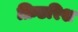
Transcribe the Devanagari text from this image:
फ्रिडरिश